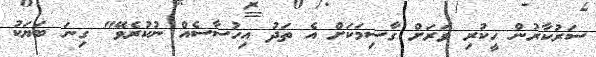
ސަރުކާރުން ހީކުރި ވަރަށް ގާސިމަކަށް އެ ތަދު އިހުސާސެއް ނުކުރެވޭ" ގިނަ ބަޔަކު